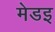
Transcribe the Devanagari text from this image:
मेडइ